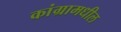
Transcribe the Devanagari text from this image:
कांग्रामधील